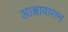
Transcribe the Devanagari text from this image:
आश्वावासन